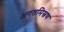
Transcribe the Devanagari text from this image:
अगतमिस्रण